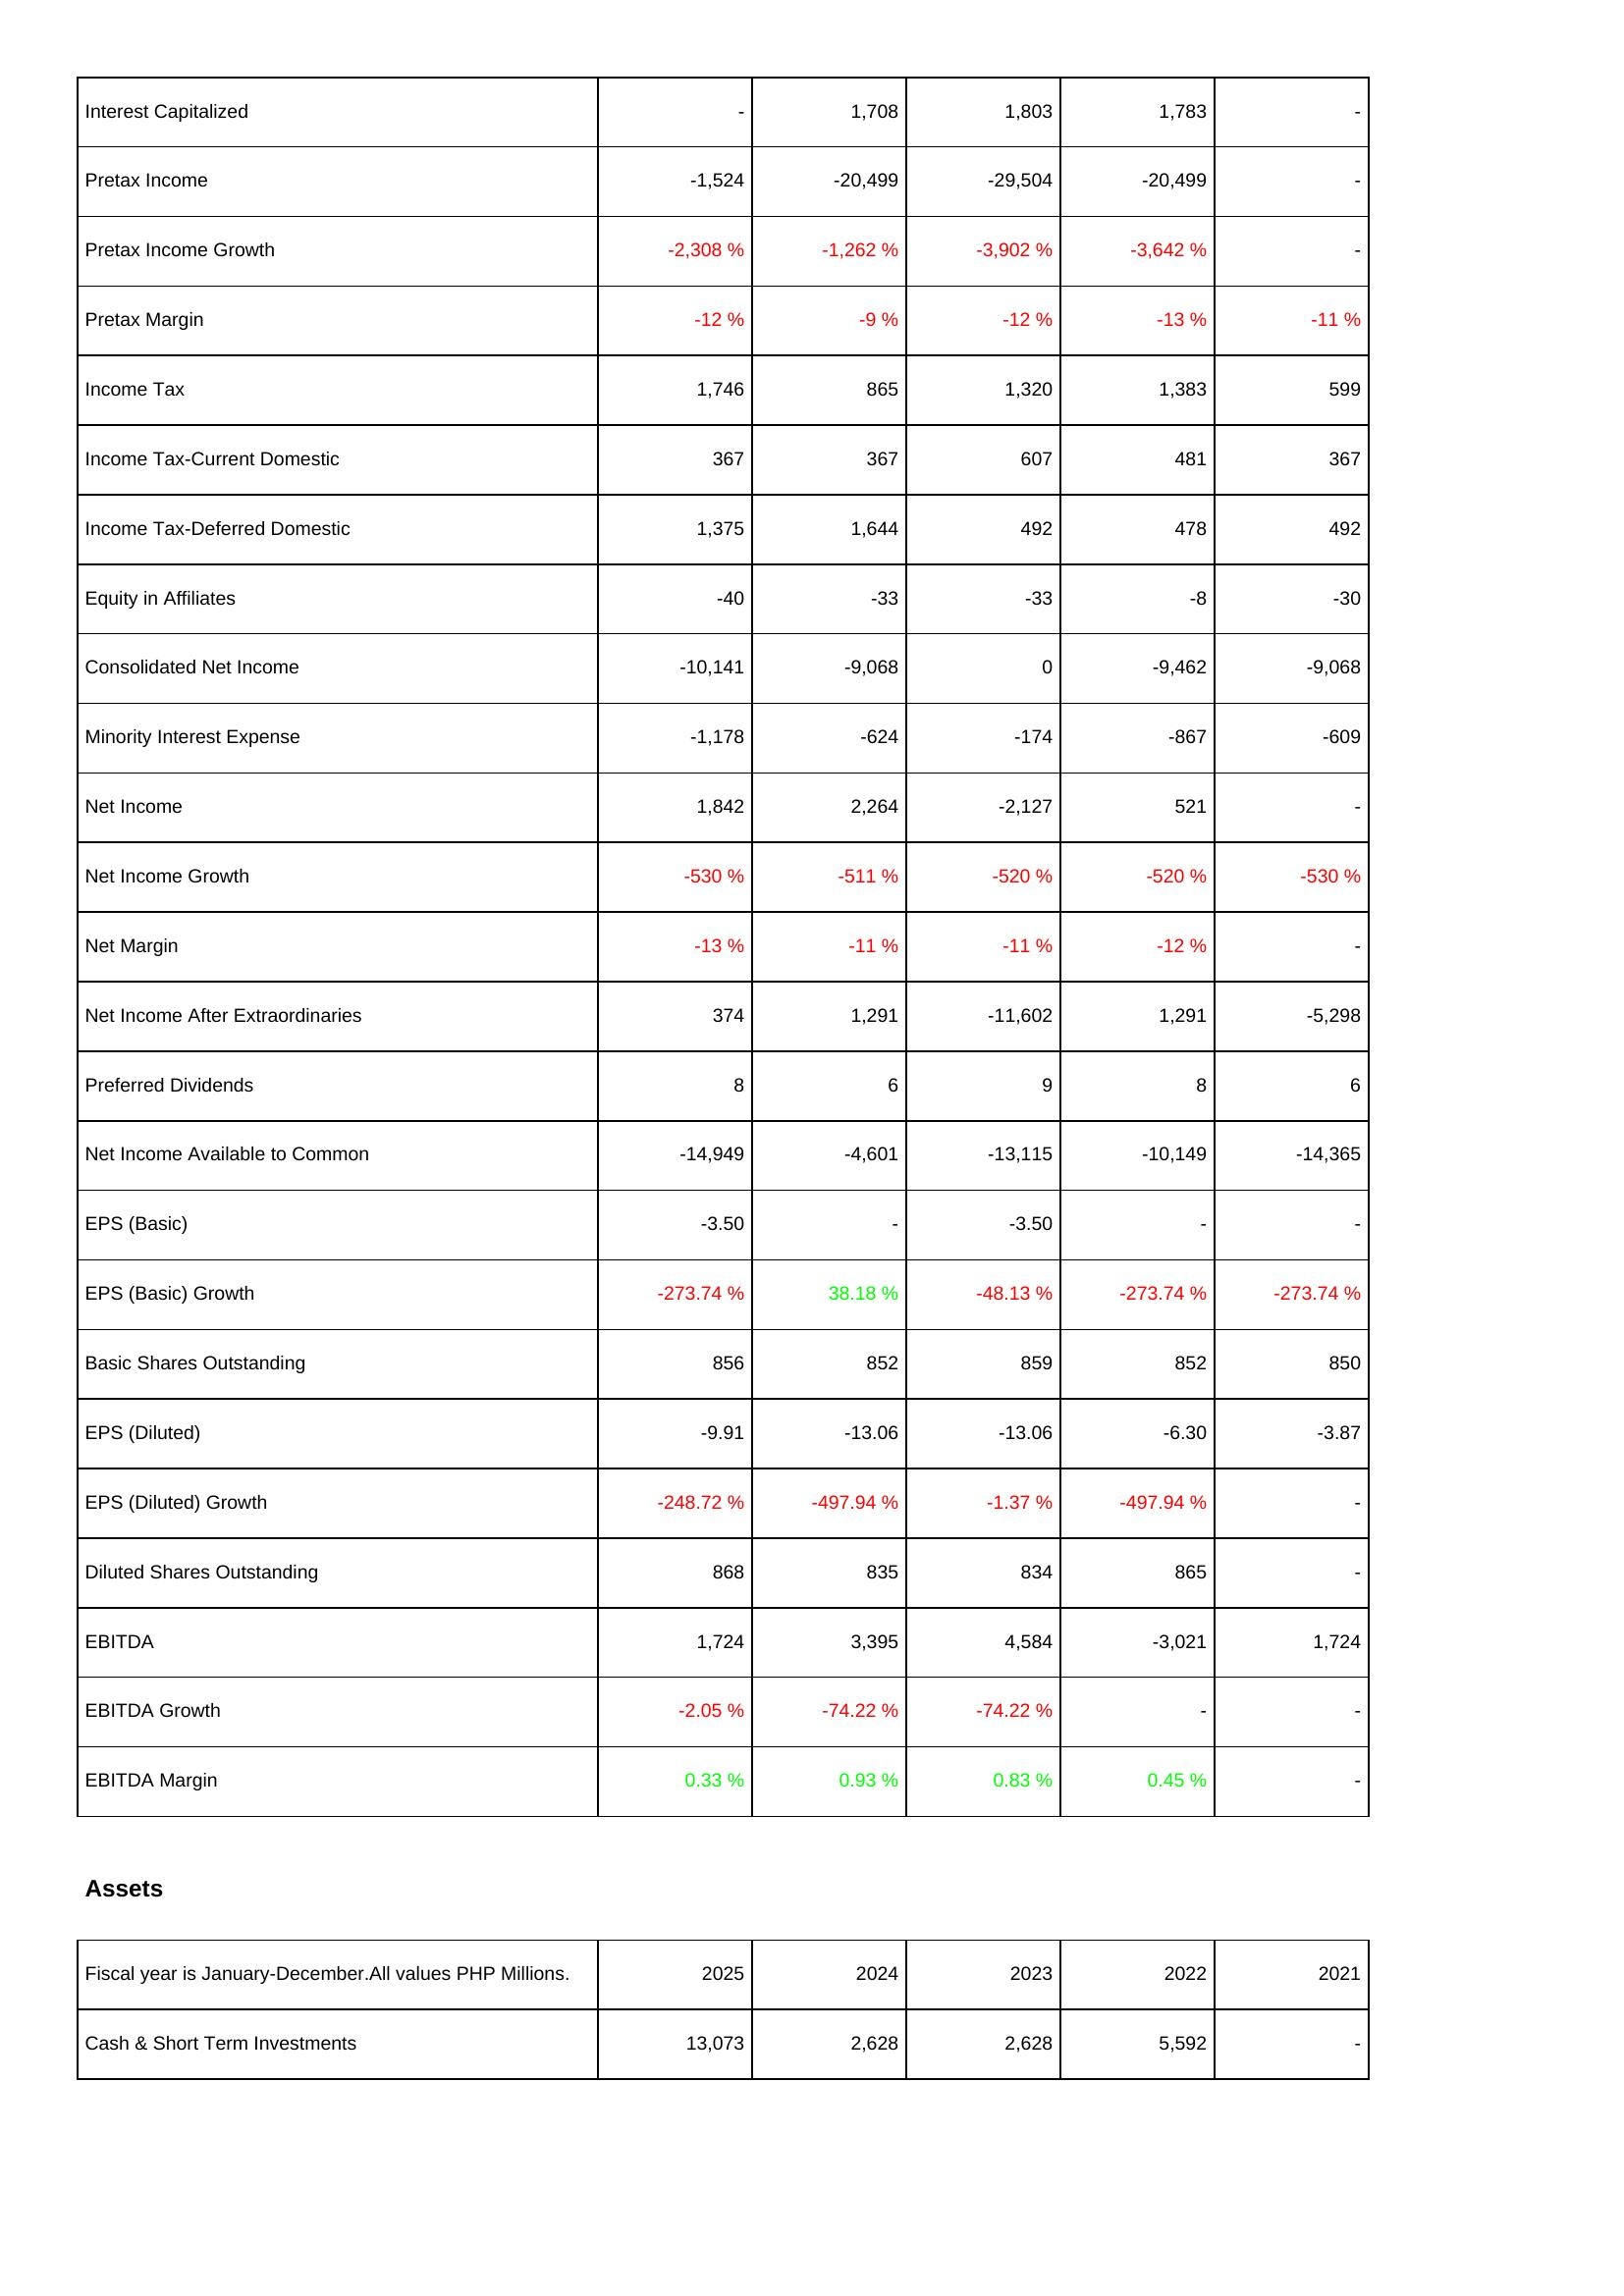
2025: Income Statement: Interest Capitalized: -
Pretax Income: -1,524
Pretax Income Growth: -2,308 %
Pretax Margin: -12 %
Income Tax: 1,746
Income Tax-Current Domestic: 367
Income Tax-Deferred Domestic: 1,375
Equity in Affiliates: -40
Consolidated Net Income: -10,141
Minority Interest Expense: -1,178
Net Income: 1,842
Net Income Growth: -530 %
Net Margin: -13 %
Net Income After Extraordinaries: 374
Preferred Dividends: 8
Net Income Available to Common: -14,949
EPS (Basic): -3.50
EPS (Basic) Growth: -273.74 %
Basic Shares Outstanding: 856
EPS (Diluted): -9.91
EPS (Diluted) Growth: -248.72 %
Diluted Shares Outstanding: 868
EBITDA: 1,724
EBITDA Growth: -2.05 %
EBITDA Margin: 0.33 %
Assets: Cash & Short Term Investments: 13,073
2024: Income Statement: Interest Capitalized: 1,708
Pretax Income: -20,499
Pretax Income Growth: -1,262 %
Pretax Margin: -9 %
Income Tax: 865
Income Tax-Current Domestic: 367
Income Tax-Deferred Domestic: 1,644
Equity in Affiliates: -33
Consolidated Net Income: -9,068
Minority Interest Expense: -624
Net Income: 2,264
Net Income Growth: -511 %
Net Margin: -11 %
Net Income After Extraordinaries: 1,291
Preferred Dividends: 6
Net Income Available to Common: -4,601
EPS (Basic): -
EPS (Basic) Growth: 38.18 %
Basic Shares Outstanding: 852
EPS (Diluted): -13.06
EPS (Diluted) Growth: -497.94 %
Diluted Shares Outstanding: 835
EBITDA: 3,395
EBITDA Growth: -74.22 %
EBITDA Margin: 0.93 %
Assets: Cash & Short Term Investments: 2,628
2023: Income Statement: Interest Capitalized: 1,803
Pretax Income: -29,504
Pretax Income Growth: -3,902 %
Pretax Margin: -12 %
Income Tax: 1,320
Income Tax-Current Domestic: 607
Income Tax-Deferred Domestic: 492
Equity in Affiliates: -33
Consolidated Net Income: 0
Minority Interest Expense: -174
Net Income: -2,127
Net Income Growth: -520 %
Net Margin: -11 %
Net Income After Extraordinaries: -11,602
Preferred Dividends: 9
Net Income Available to Common: -13,115
EPS (Basic): -3.50
EPS (Basic) Growth: -48.13 %
Basic Shares Outstanding: 859
EPS (Diluted): -13.06
EPS (Diluted) Growth: -1.37 %
Diluted Shares Outstanding: 834
EBITDA: 4,584
EBITDA Growth: -74.22 %
EBITDA Margin: 0.83 %
Assets: Cash & Short Term Investments: 2,628
2022: Income Statement: Interest Capitalized: 1,783
Pretax Income: -20,499
Pretax Income Growth: -3,642 %
Pretax Margin: -13 %
Income Tax: 1,383
Income Tax-Current Domestic: 481
Income Tax-Deferred Domestic: 478
Equity in Affiliates: -8
Consolidated Net Income: -9,462
Minority Interest Expense: -867
Net Income: 521
Net Income Growth: -520 %
Net Margin: -12 %
Net Income After Extraordinaries: 1,291
Preferred Dividends: 8
Net Income Available to Common: -10,149
EPS (Basic): -
EPS (Basic) Growth: -273.74 %
Basic Shares Outstanding: 852
EPS (Diluted): -6.30
EPS (Diluted) Growth: -497.94 %
Diluted Shares Outstanding: 865
EBITDA: -3,021
EBITDA Growth: -
EBITDA Margin: 0.45 %
Assets: Cash & Short Term Investments: 5,592
2021: Income Statement: Interest Capitalized: -
Pretax Income: -
Pretax Income Growth: -
Pretax Margin: -11 %
Income Tax: 599
Income Tax-Current Domestic: 367
Income Tax-Deferred Domestic: 492
Equity in Affiliates: -30
Consolidated Net Income: -9,068
Minority Interest Expense: -609
Net Income: -
Net Income Growth: -530 %
Net Margin: -
Net Income After Extraordinaries: -5,298
Preferred Dividends: 6
Net Income Available to Common: -14,365
EPS (Basic): -
EPS (Basic) Growth: -273.74 %
Basic Shares Outstanding: 850
EPS (Diluted): -3.87
EPS (Diluted) Growth: -
Diluted Shares Outstanding: -
EBITDA: 1,724
EBITDA Growth: -
EBITDA Margin: -
Assets: Cash & Short Term Investments: -